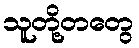
သူတို့တတွေ